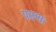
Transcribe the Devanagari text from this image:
परश्वः